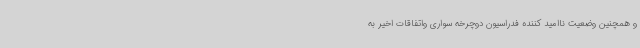
و همچنین وضعیت ناامید کننده فدراسیون دوچرخه سواری واتفاقات اخیر به